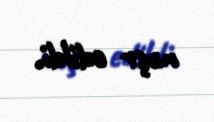
nəşr edildi.